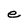
Character: e